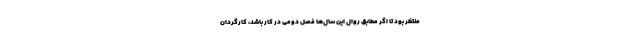
منتظر بود تا اگر مطابق روال این سال‌ها فصل دومی در کار باشد، کارگردان